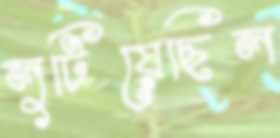
লুটিয়েছিল